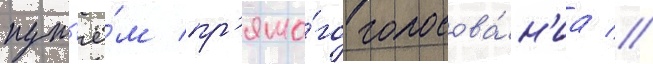
пут'ё́м пр'ямо́го голосова́н'иа //